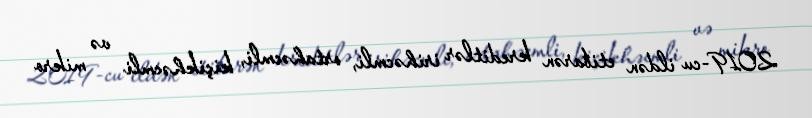
2019-cu ildən etibarən kreditlər irihəcmli, ortahəcmli, kiçikhəcmli və mikro